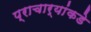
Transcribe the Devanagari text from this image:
प्राचार्यांकडे